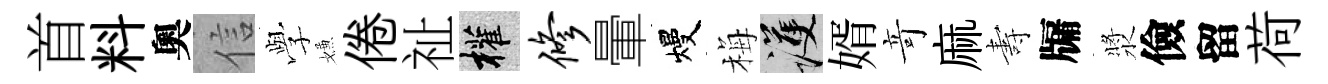
首料奧信𫝯嫌倦祉權修暈熳梅護婿竒麻夀牖漿儉留荷